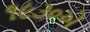
૧૯૩૦એ